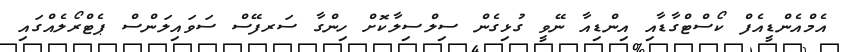
އެމްއެންޑީއެފް ކޯސްޓްގާޑާއި އިންޑިއާ ނޭވީ ގުޅިގެން ސިލްސިލާކޮށް ހިންގާ ސަރފޭސް ސަވައިލަންސް ޕެޓްރޯލެއްގައި